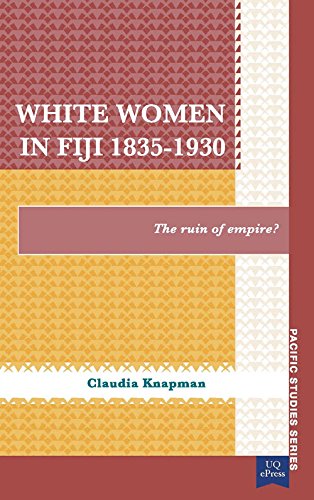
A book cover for White Women in Fiji, 1835EE1930: The Ruin of Empire? (Pacific Studies series); Claudia Knapman; History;